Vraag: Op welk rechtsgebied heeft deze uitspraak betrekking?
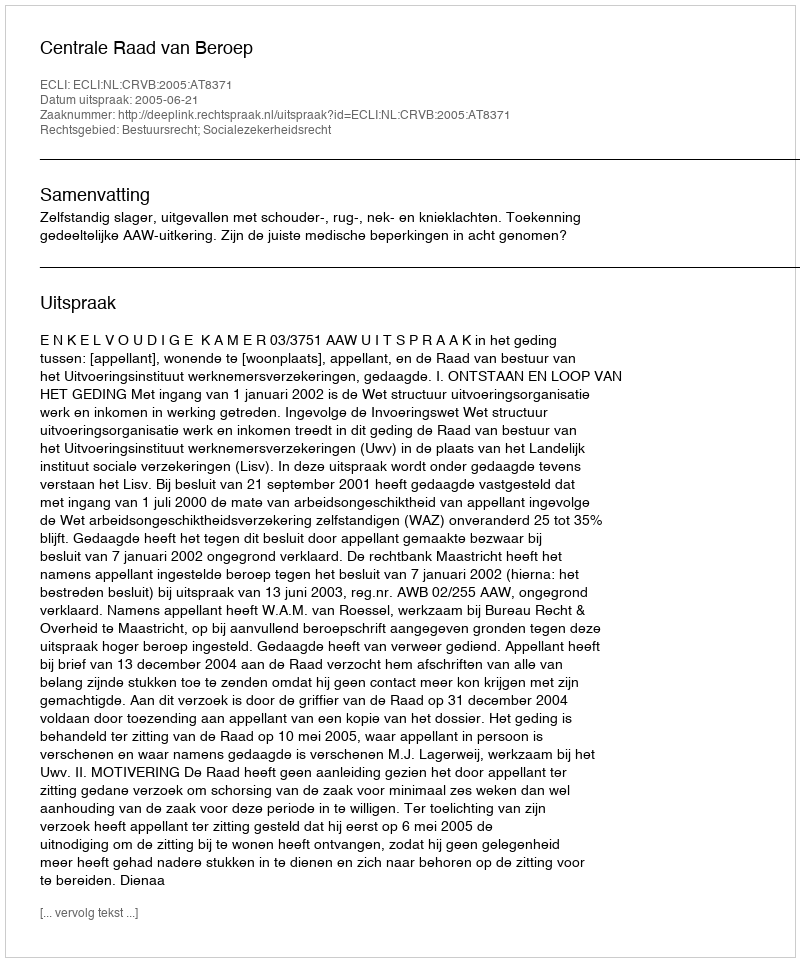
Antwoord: Bestuursrecht; Socialezekerheidsrecht